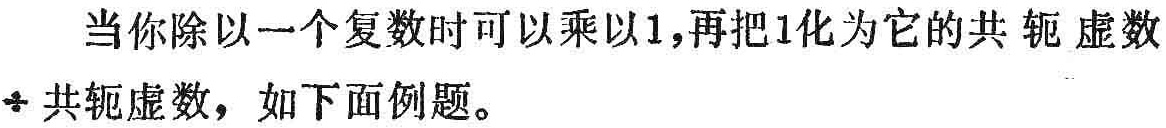
当你除以一个复数时可以乘以1,再把1化为它的共轭虚数
共轭虚数，如下面例题。